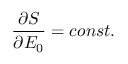
\frac { \partial S } { \partial { \cal { E } } _ { 0 } } = c o n s t .